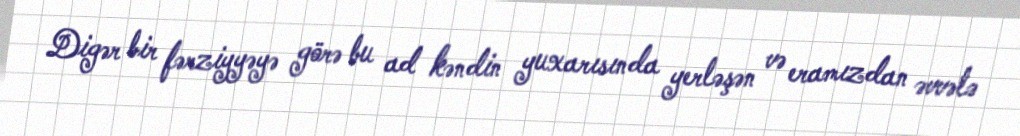
Digər bir fərziyyəyə görə bu ad kəndin yuxarısında yerləşən və eramızdan əvvələ